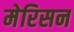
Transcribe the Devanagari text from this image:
मेरिसन